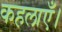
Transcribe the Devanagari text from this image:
कहलाएँ।